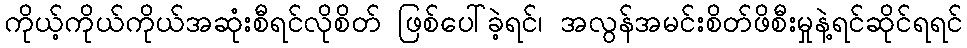
ကိုယ့်ကိုယ်ကိုယ်အဆုံးစီရင်လိုစိတ် ဖြစ်ပေါ်ခဲ့ရင်၊ အလွန်အမင်းစိတ်ဖိစီးမှုနဲ့ရင်ဆိုင်ရရင်